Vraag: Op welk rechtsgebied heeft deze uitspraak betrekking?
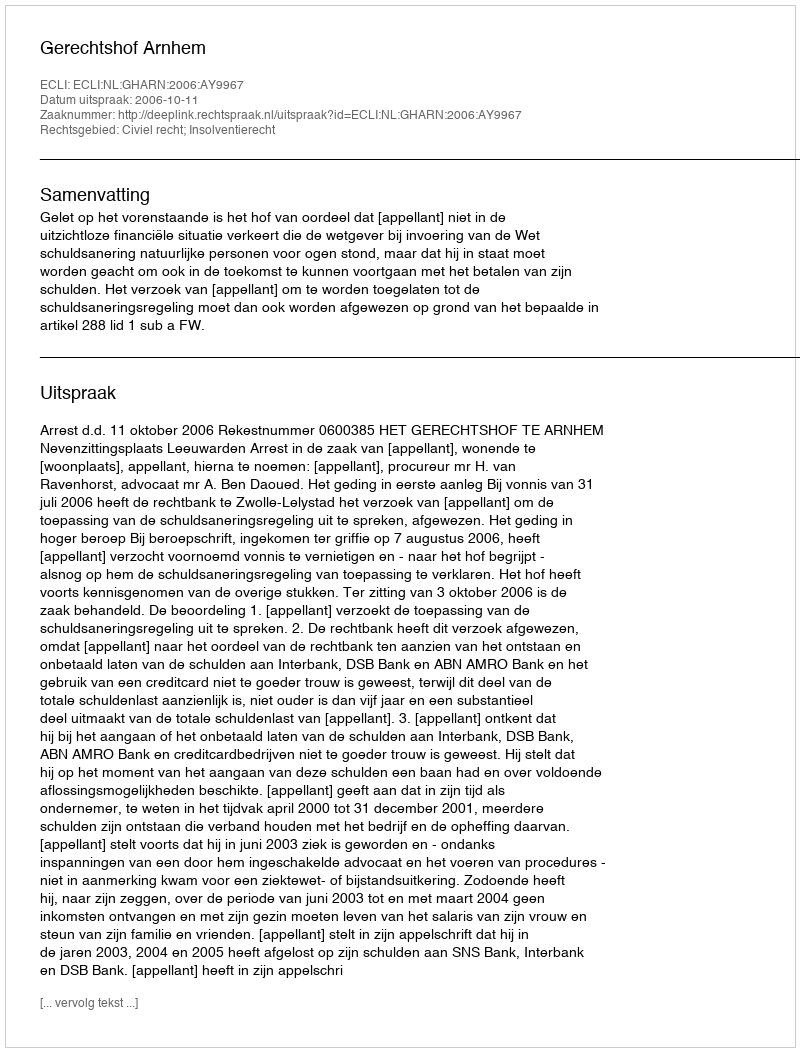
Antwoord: Civiel recht; Insolventierecht